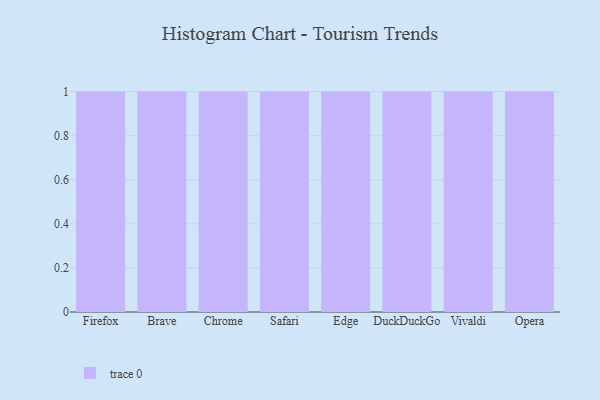
{"axis": {"x": "Browser", "y": "Humidity (%)"}, "legend": [""], "data": [{"x": "Firefox", "y": 41, "type": ""}, {"x": "Brave", "y": 16, "type": ""}, {"x": "Chrome", "y": 8, "type": ""}, {"x": "Safari", "y": 10, "type": ""}, {"x": "Edge", "y": 97, "type": ""}, {"x": "DuckDuckGo", "y": 77, "type": ""}, {"x": "Vivaldi", "y": 52, "type": ""}, {"x": "Opera", "y": 59, "type": ""}]}